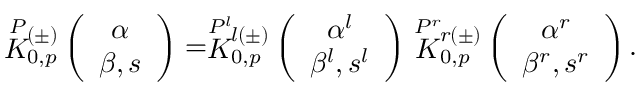
\stackrel { P } { K } { } \! \! _ { 0 , p } ^ { ( \pm ) } \left( \begin{array} { c } { { \alpha } } \\ { { \beta , s } } \end{array} \right) = \stackrel { P ^ { l } } { K } { } \! \! _ { 0 , p } ^ { l ( \pm ) } \left( \begin{array} { c } { { \alpha ^ { l } } } \\ { { \beta ^ { l } , s ^ { l } } } \end{array} \right) \stackrel { P ^ { r } } { K } { } \! \! _ { 0 , p } ^ { r ( \pm ) } \left( \begin{array} { c } { { \alpha ^ { r } } } \\ { { \beta ^ { r } , s ^ { r } } } \end{array} \right) .